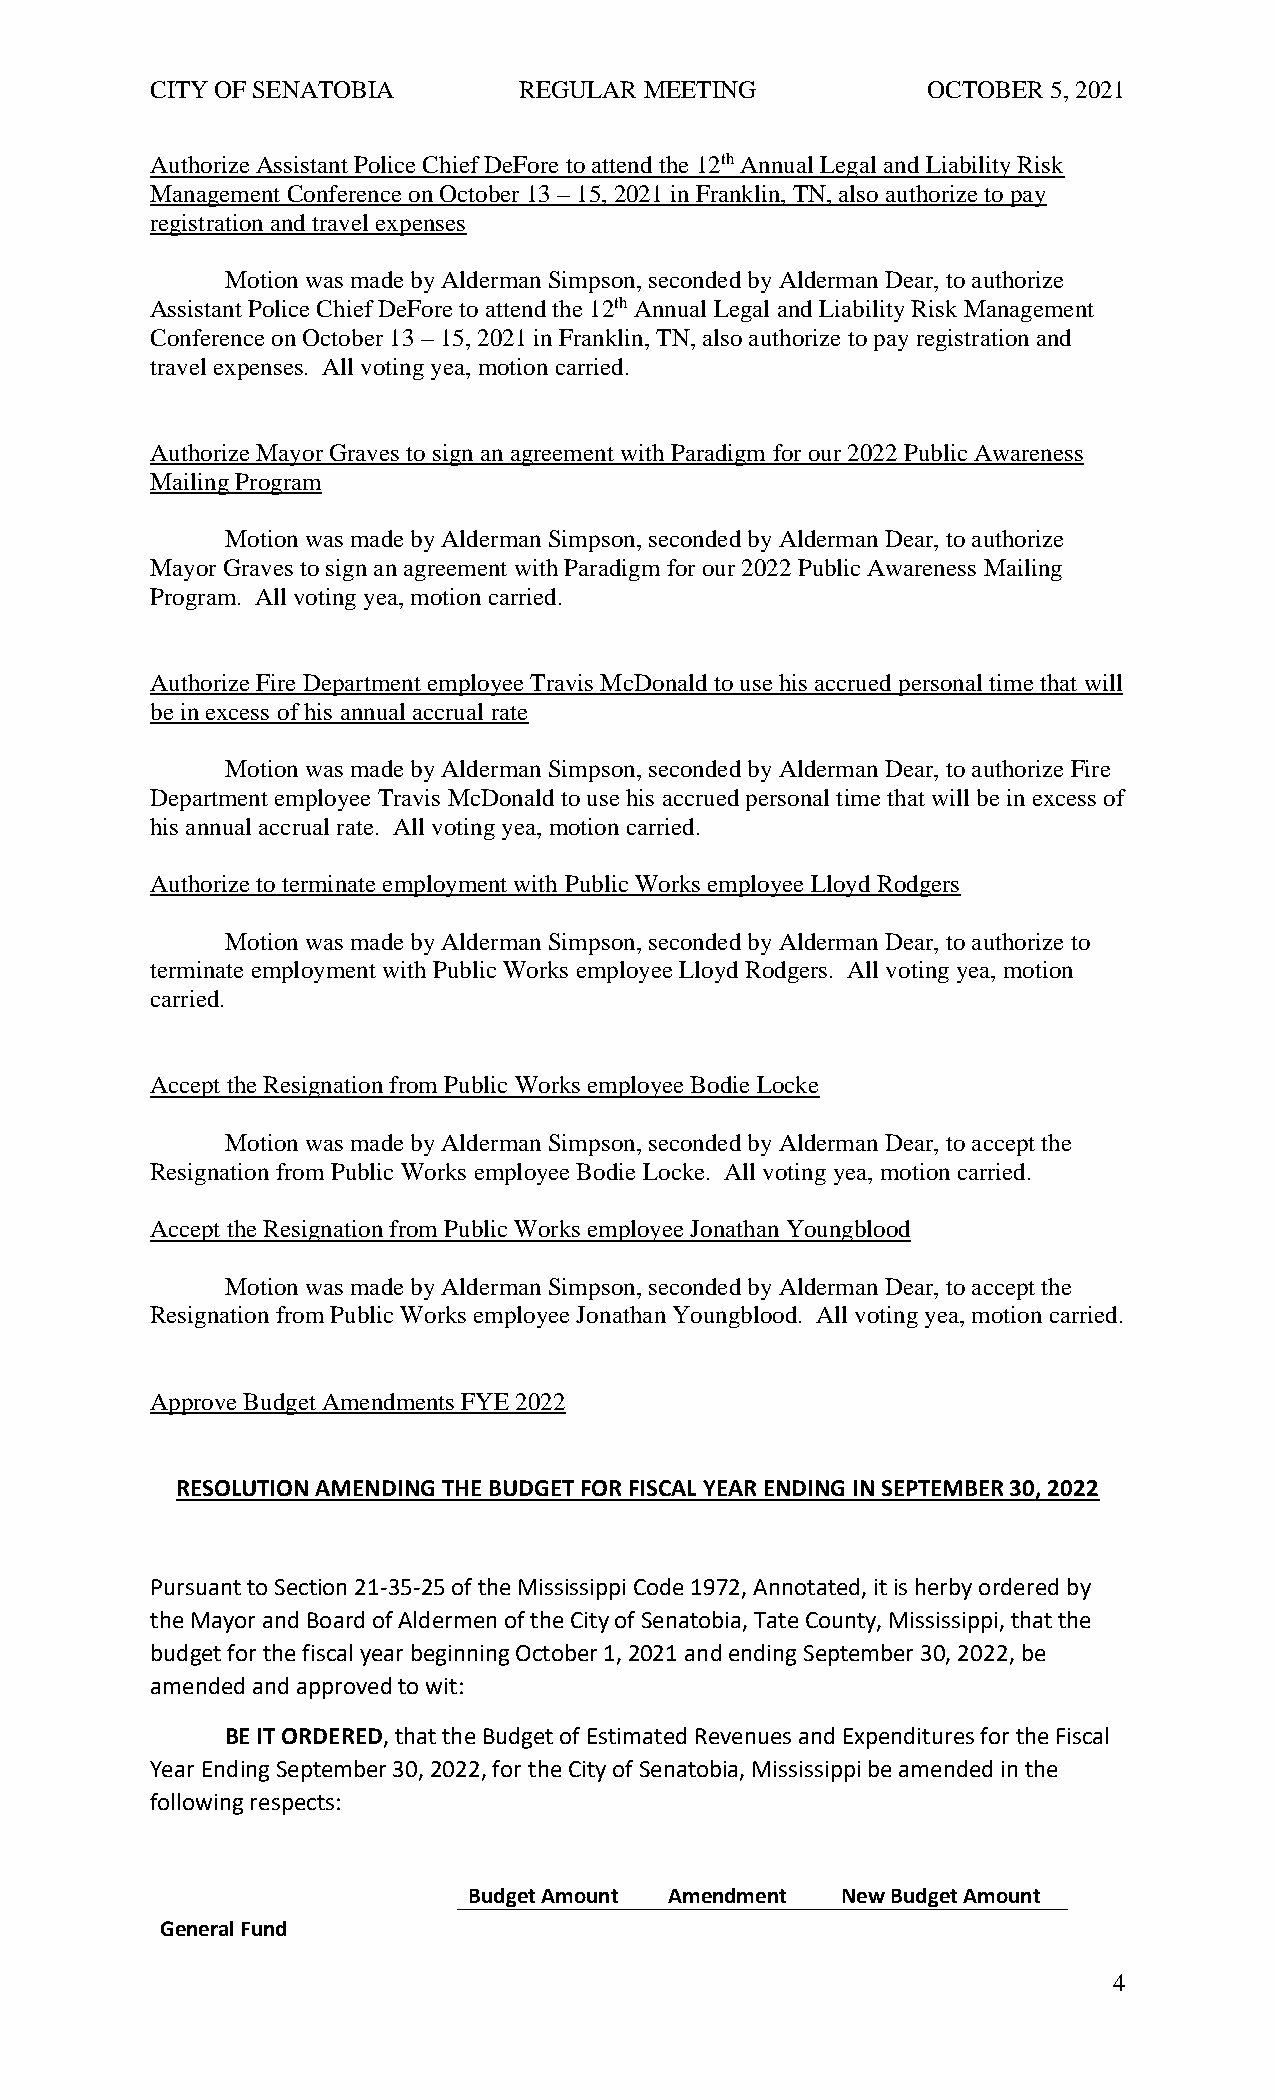
CITY OF SENATOBIA       REGULAR  MEETING           OCTOBER  5, 2021
 Authorize Assistant Police Chief DeFore to attend the 12th Annual Legal and Liability Risk
 Management Conference on October 13 – 15, 2021 in Franklin, TN, also authorize to pay
 registration and travel expenses
 Motion was made by Alderman Simpson, seconded by Alderman Dear, to authorize
 Assistant Police Chief DeFore to attend the 12th Annual Legal and Liability Risk Management
 Conference on October 13 – 15, 2021 in Franklin, TN, also authorize to pay registration and
 travel expenses. All voting yea, motion carried.
 Authorize Mayor Graves to sign an agreement with Paradigm for our 2022 Public Awareness
 Mailing Program
 Motion was made by Alderman Simpson, seconded by Alderman Dear, to authorize
 Mayor Graves to sign an agreement with Paradigm for our 2022 Public Awareness Mailing
 Program. All voting yea, motion carried.
 Authorize Fire Department employee Travis McDonald to use his accrued personal time that will
 be in excess of his annual accrual rate
 Motion was made by Alderman Simpson, seconded by Alderman Dear, to authorize Fire
 Department employee Travis McDonald to use his accrued personal time that will be in excess of
 his annual accrual rate. All voting yea, motion carried.
 Authorize to terminate employment with Public Works employee Lloyd Rodgers
 Motion was made by Alderman Simpson, seconded by Alderman Dear, to authorize to
 terminate employment with Public Works employee Lloyd Rodgers. All voting yea, motion
 carried.
 Accept the Resignation from Public Works employee Bodie Locke
 Motion was made by Alderman Simpson, seconded by Alderman Dear, to accept the
 Resignation from Public Works employee Bodie Locke. All voting yea, motion carried.
 Accept the Resignation from Public Works employee Jonathan Youngblood
 Motion was made by Alderman Simpson, seconded by Alderman Dear, to accept the
 Resignation from Public Works employee Jonathan Youngblood. All voting yea, motion carried.
 Approve Budget Amendments FYE 2022
 RESOLUTION AMENDING THE BUDGET FOR FISCAL YEAR ENDING IN SEPTEMBER 30, 2022
 Pursuant to Section 21-35-25 of the Mississippi Code 1972, Annotated, it is herby ordered by
 the Mayor and Board of Aldermen of the City of Senatobia, Tate County, Mississippi, that the
 budget for the fiscal year beginning October 1, 2021 and ending September 30, 2022, be
 amended and approved to wit:
 BE IT ORDERED, that the Budget of Estimated Revenues and Expenditures for the Fiscal
 Year Ending September 30, 2022, for the City of Senatobia, Mississippi be amended in the
 following respects:
 Budget Amount Amendment  New Budget Amount
 General Fund
 4